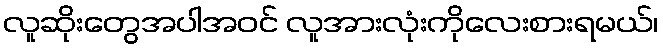
လူဆိုးတွေအပါအဝင် လူအားလုံးကိုလေးစားရမယ်၊